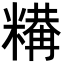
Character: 𥼉